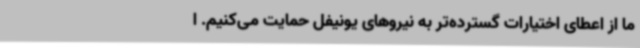
ما از اعطای اختیارات گسترده‌تر به نیروهای یونیفل حمایت می‌کنیم. ا